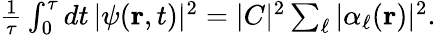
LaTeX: \begin{array}{r}{\frac{1}{\tau}\int_{0}^{\tau}dt\, |\psi({\mathbf r},t)|^{2}=|C|^{2}\sum_{\ell}|\alpha_{\ell}({\mathbf r})|^{2}.}\end{array}